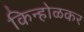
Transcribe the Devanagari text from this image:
किन्होळकर